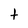
Character: t